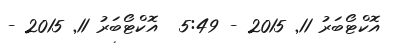
އޮކްޓޯބަރު 11